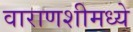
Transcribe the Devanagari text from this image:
वाराणशीमध्ये